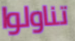
تناولوا